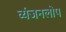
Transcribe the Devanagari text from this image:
व्यंजनलोप